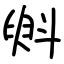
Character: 斞